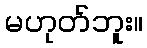
မဟုတ်ဘူး။